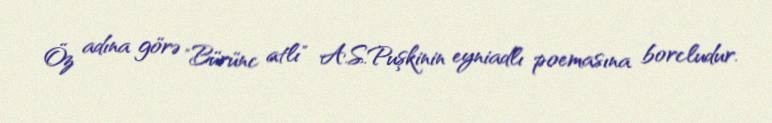
Öz adına görə "Bürünc atlı" A.S.Puşkinin eyniadlı poemasına borcludur.